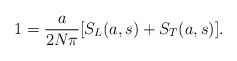
\begin{align*}1= \frac{a}{ 2N \pi} [S_L(a,s)+S_T(a,s)].\end{align*}